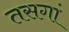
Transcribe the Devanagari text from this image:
तसगां